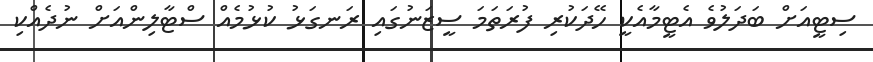
ސިޓީއަށް ބަދަލުވެ އެޓީމާއެކީ ހޭދަކުރި ފުރަތަމަ ސީޒަނުގައި ރަނގަޅު ކުޅުމެއް ސްޓާލިންއަށް ނުދެއްކި